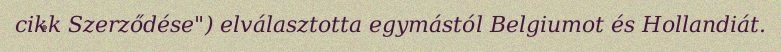
cikk Szerződése") elválasztotta egymástól Belgiumot és Hollandiát.